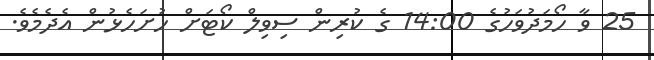
25 ވާ ހޯމަދުވަހުގެ 14:00 ގެ ކުރިން ސިވިލް ކޯޓަށް ހުށަހެޅުން އެދެމެވެ.